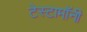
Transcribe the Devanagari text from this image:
टेस्टामॉनी